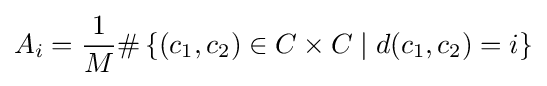
A_{i}={\frac {1}{M}}\#\left\lbrace (c_{1},c_{2})\in C\times C\mid d(c_{1},c_{2})=i\right\rbrace